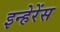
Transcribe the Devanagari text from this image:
इन्हेरेंस